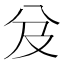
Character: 𠬬